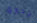
جدوى